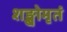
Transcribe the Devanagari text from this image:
शङ्खोमृतं